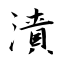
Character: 漬